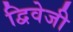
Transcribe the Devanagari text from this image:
द्विवेजी